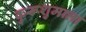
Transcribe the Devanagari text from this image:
कुरूशुमाला